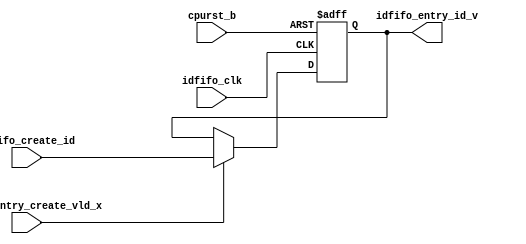
/*Copyright 2019-2021 T-Head Semiconductor Co., Ltd.

Licensed under the Apache License, Version 2.0 (the "License");
you may not use this file except in compliance with the License.
You may obtain a copy of the License at

    http://www.apache.org/licenses/LICENSE-2.0

Unless required by applicable law or agreed to in writing, software
distributed under the License is distributed on an "AS IS" BASIS,
WITHOUT WARRANTIES OR CONDITIONS OF ANY KIND, either express or implied.
See the License for the specific language governing permissions and
limitations under the License.
*/

// &ModuleBeg; @23
module ct_lsu_idfifo_entry(
  cpurst_b,
  idfifo_clk,
  idfifo_create_id,
  idfifo_entry_create_vld_x,
  idfifo_entry_id_v
);

// &Ports; @24
input          cpurst_b;                 
input          idfifo_clk;               
input   [2:0]  idfifo_create_id;         
input          idfifo_entry_create_vld_x; 
output  [2:0]  idfifo_entry_id_v;        

// &Regs; @25
reg     [2:0]  idfifo_entry_id;          

// &Wires; @26
wire           cpurst_b;                 
wire           idfifo_clk;               
wire    [2:0]  idfifo_create_id;         
wire           idfifo_entry_create_vld;  
wire           idfifo_entry_create_vld_x; 
wire    [2:0]  idfifo_entry_id_v;        


//==========================================================
//                 Register
//==========================================================
always @(posedge idfifo_clk or negedge cpurst_b)
begin
  if (!cpurst_b)
    idfifo_entry_id[2:0]  <= 3'b0;
  else if(idfifo_entry_create_vld)
    idfifo_entry_id[2:0]  <= idfifo_create_id[2:0];
end

//==========================================================
//                 Generate interface
//==========================================================
//------------------input-----------------------------------
assign idfifo_entry_create_vld  = idfifo_entry_create_vld_x;
//------------------output----------------------------------
assign idfifo_entry_id_v[2:0]   = idfifo_entry_id[2:0];

// &ModuleEnd; @47
endmodule